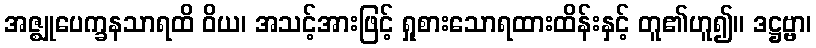
အဇ္ဈုပေက္ခနသာရထိ ဝိယ၊ အသင့်အားဖြင့် ရှုစားသောရထားထိန်းနှင့် တူ၏ဟူ၍။ ဒဋ္ဌဗ္ဗာ၊